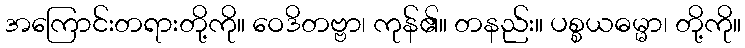
အကြောင်းတရားတို့ကို။ ဝေဒိတဗ္ဗာ၊ ကုန်၏။ တနည်း။ ပစ္စယဓမ္မာ၊ တို့ကို။